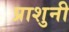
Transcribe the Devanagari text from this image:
प्राशुनी